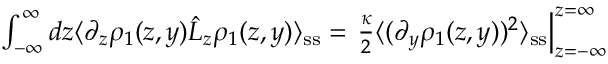
\begin{array} { r } { \int _ { - \infty } ^ { \infty } d z \langle \partial _ { z } \rho _ { 1 } ( z , y ) \hat { L } _ { z } \rho _ { 1 } ( z , y ) \rangle _ { \mathrm { s s } } = \left. \frac { \kappa } { 2 } \langle ( \partial _ { y } \rho _ { 1 } ( z , y ) ) ^ { 2 } \rangle _ { \mathrm { s s } } \right| _ { z = - \infty } ^ { z = \infty } } \end{array}